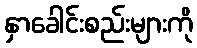
နှာခေါင်းစည်းများကို